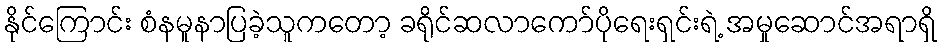
နိုင်ကြောင်း စံနမူနာပြခဲ့သူကတော့ ခရိုင်ဆလာကော်ပိုရေးရှင်းရဲ့ အမှုဆောင်အရာရှိ